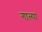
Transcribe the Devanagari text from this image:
गाल्पा